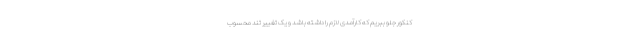
کنکور جلو ببریم که کارآمدی لازم را داشته باشد و یک تغییر تند محسوب